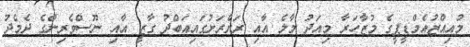
މުއިއްޒުއެމްޑީޕީގެ މުޒާހަރާ މިއަދު މާލެ އާއި ރަށްރަށުގައިއަބްދު ގާޒީ އާއި ނޫސްވެރިންގެ ދެމެދު